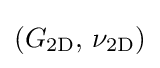
(G_{\mathrm {2D} },\,\nu _{\mathrm {2D} })